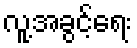
လူ့အခွင့်ရေး